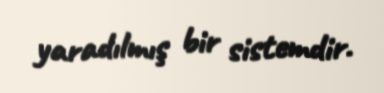
yaradılmış bir sistemdir.